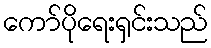
ကော်ပိုရေးရှင်းသည်